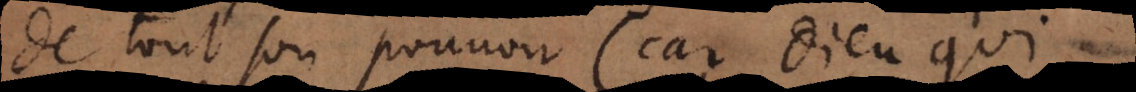
de tout son pouvoir (car Dieu qui